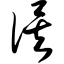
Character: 俟